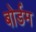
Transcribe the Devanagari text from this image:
बोर्डम